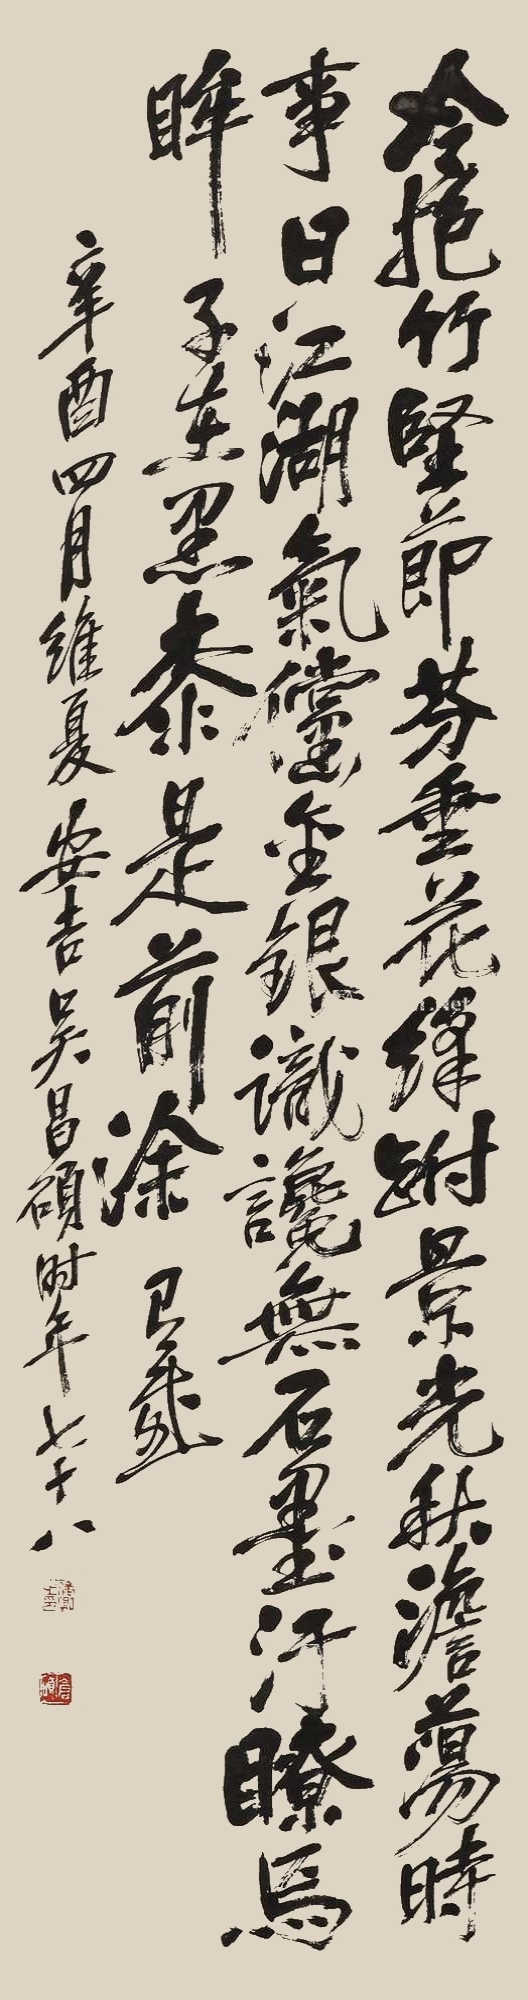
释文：冷抱竹坚节，芬垂花绛跗，景光秋淡宕，荡时事日，江湖气傥。金银识谗，无石墨污。瞭马眸子，东黑桼是前涂。有感。辛酉四月维夏，安吉吴昌硕，时年七十八。